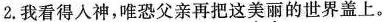
2.我看得人神，唯恐父亲再把这美丽的世界盖上。